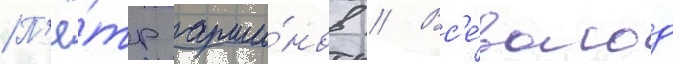
П'ё́тр арши́нов // Вс'е́волод